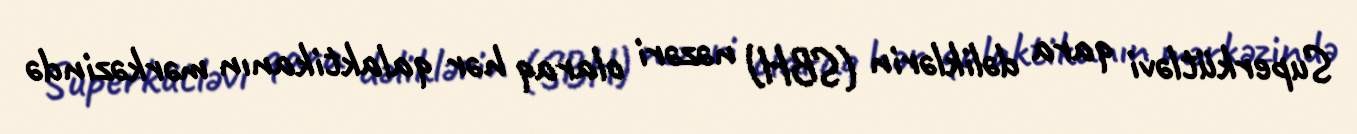
Superkütləvi qara dəliklərin (SBH) nəzəri olaraq hər qalaktikanın mərkəzində